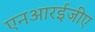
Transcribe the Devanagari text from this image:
एनआरईजीए